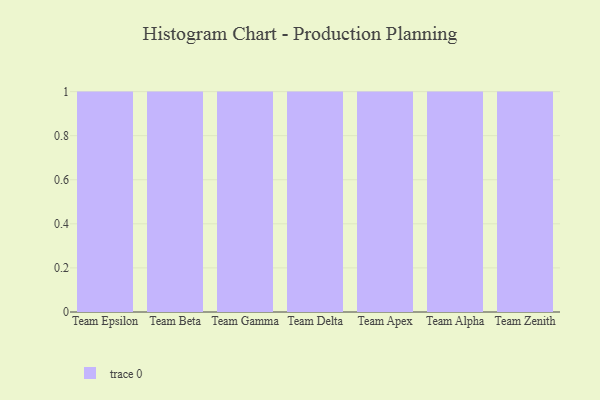
{"axis": {"x": "Team", "y": "Churn Rate (%)"}, "legend": [""], "data": [{"x": "Team Epsilon", "y": 52, "type": ""}, {"x": "Team Beta", "y": 10, "type": ""}, {"x": "Team Gamma", "y": 37, "type": ""}, {"x": "Team Delta", "y": 64, "type": ""}, {"x": "Team Apex", "y": 76, "type": ""}, {"x": "Team Alpha", "y": 78, "type": ""}, {"x": "Team Zenith", "y": 42, "type": ""}]}